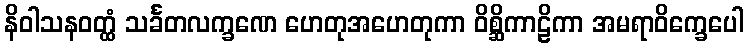
နိဝါသနဝတ္ထံ သင်္ခတလက္ခဏေ ဟေတုအဟေတုကာ ဝိစ္ဆိကာဠိကာ အမရာဝိက္ခေပေါ